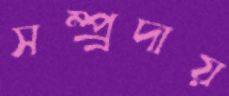
সম্প্র্রদায়